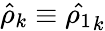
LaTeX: \hat{\rho}_{k}\equiv\hat{\rho_{1}}_{k}